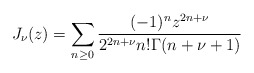
\begin{align*}J_{\nu}(z)=\sum_{n\geq 0}\frac{(-1)^nz^{2n+\nu}}{2^{2n+\nu}n!\Gamma(n+\nu+1)}\end{align*}